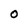
Character: O